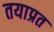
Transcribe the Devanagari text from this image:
तयाप्रत